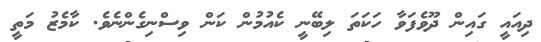
ދިއައީ ގައިން ދޫވެފަވާ ހަކަތަ ލިބޭނީ ކެއުމުން ކަން ވިސްނިގެންނެވެ. ކާމެޒު މަތީ